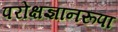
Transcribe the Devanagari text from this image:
परोक्षज्ञानरूपा